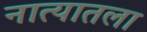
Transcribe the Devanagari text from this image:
नात्यातला